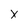
Character: X